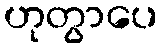
ဟုတွာပေ